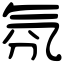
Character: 氛